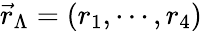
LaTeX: \vec{r}_{\Lambda}=(r_{1},\cdots,r_{4})